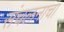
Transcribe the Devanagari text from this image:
संचलनाचा